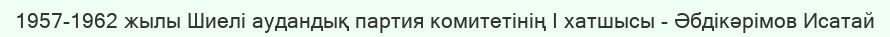
1957-1962 жылы Шиелі аудандық партия комитетінің І хатшысы - Әбдікәрімов Исатай